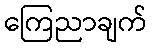
ကြေညာချက်